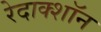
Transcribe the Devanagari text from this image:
रेदाक्शॉन